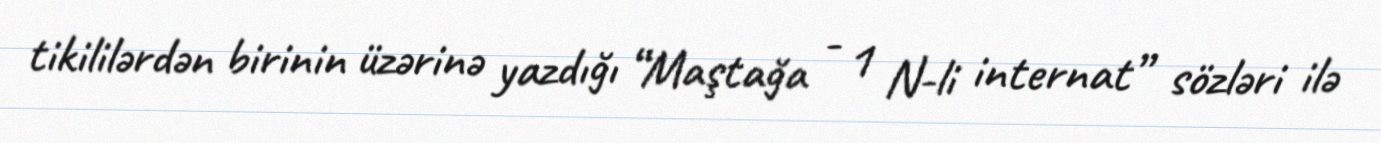
tikililərdən birinin üzərinə yazdığı “Maştağa - 1 N-li internat” sözləri ilə